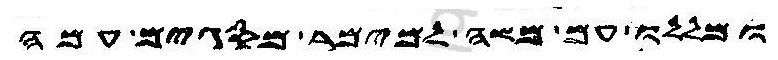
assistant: ומללו עם משה למימר מסגים עמה